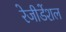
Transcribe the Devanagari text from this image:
रेजीडेंशल